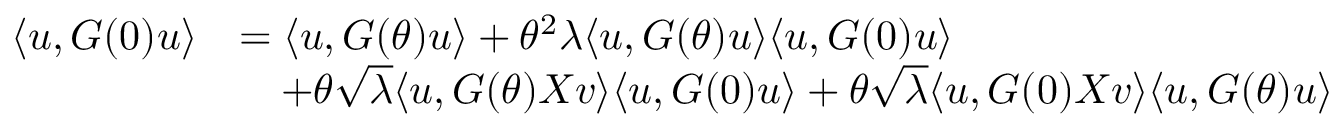
\begin{array} { r l } { \langle { \boldsymbol u } , G ( 0 ) { \boldsymbol u } \rangle } & { = \langle { \boldsymbol u } , G ( \theta ) { \boldsymbol u } \rangle + \theta ^ { 2 } \lambda \langle { \boldsymbol u } , G ( \theta ) { \boldsymbol u } \rangle \langle { \boldsymbol u } , G ( 0 ) { \boldsymbol u } \rangle } \\ & { ~ ~ ~ + \theta \sqrt { \lambda } \langle { \boldsymbol u } , G ( \theta ) X { \boldsymbol v } \rangle \langle { \boldsymbol u } , G ( 0 ) { \boldsymbol u } \rangle + \theta \sqrt { \lambda } \langle { \boldsymbol u } , G ( 0 ) X { \boldsymbol v } \rangle \langle { \boldsymbol u } , G ( \theta ) { \boldsymbol u } \rangle } \end{array}